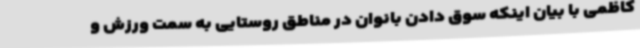
کاظمی با بیان اینکه سوق دادن بانوان در مناطق روستایی به سمت ورزش و